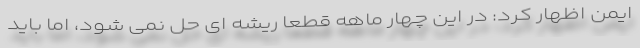
ایمن اظهار کرد: در این چهار ماهه قطعا ریشه ای حل نمی شود، اما باید